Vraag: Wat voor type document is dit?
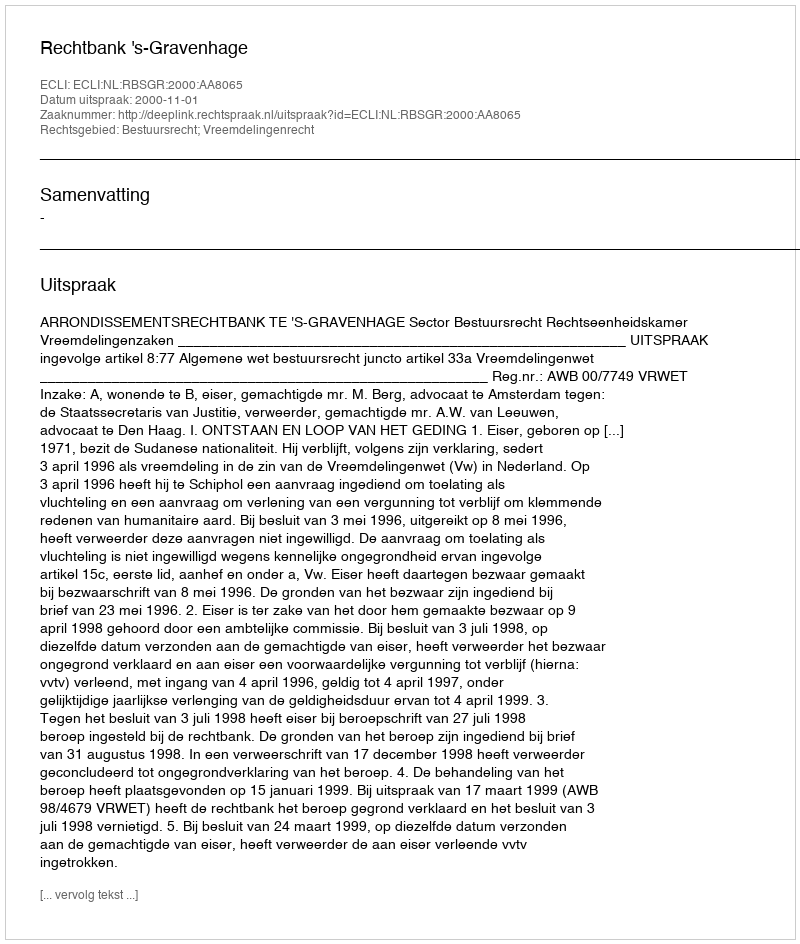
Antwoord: Uitspraak